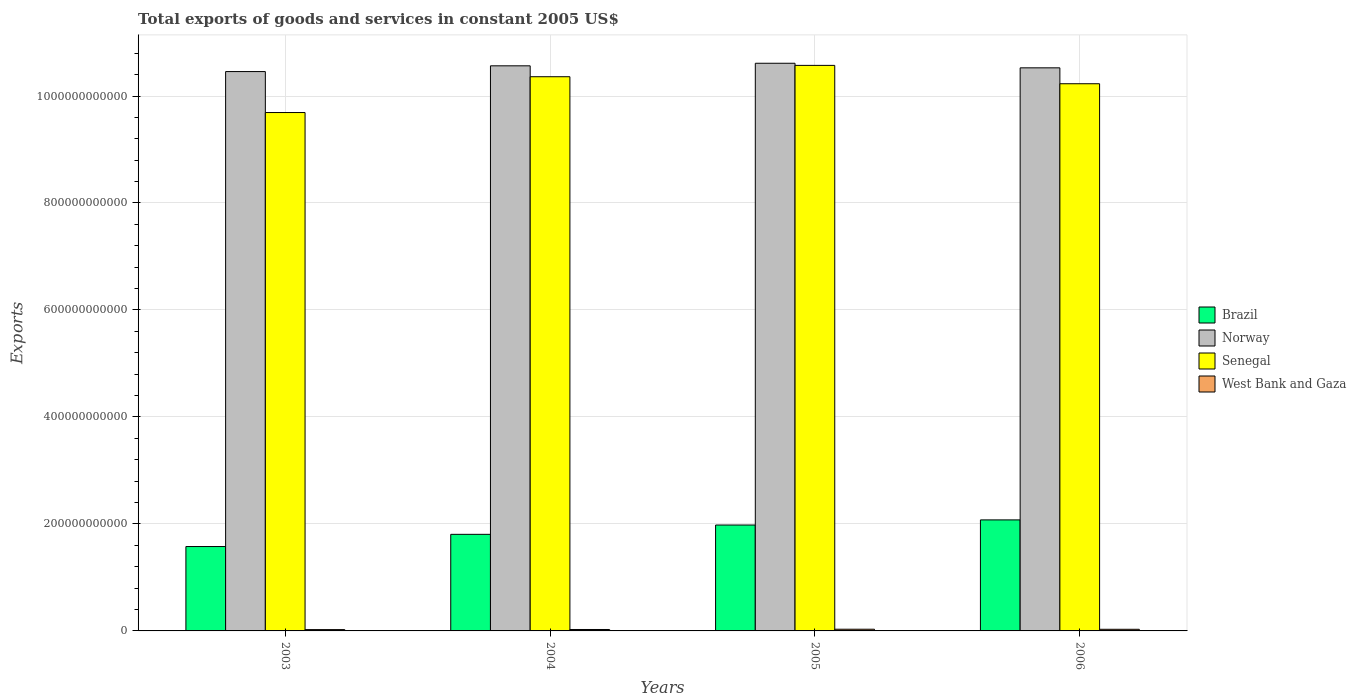
| Years | Brazil | Norway | Senegal | West Bank and Gaza |
 | --- | --- | --- | --- | --- |
 | 2003 | 1.58e+11 | 1.05e+12 | 9.69e+11 | 2.45e+09 |
 | 2004 | 1.81e+11 | 1.06e+12 | 1.04e+12 | 2.67e+09 |
 | 2005 | 1.98e+11 | 1.06e+12 | 1.06e+12 | 3.16e+09 |
 | 2006 | 2.08e+11 | 1.05e+12 | 1.02e+12 | 3.05e+09 |